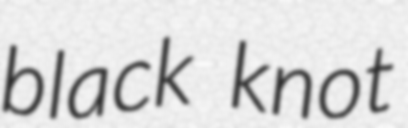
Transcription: black knot